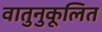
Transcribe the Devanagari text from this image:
वातुनुकूलित